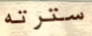
سترته